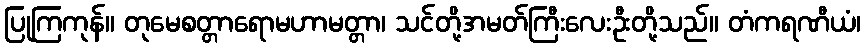
ပြုကြကုန်။ တုမေစတ္တာရောမဟာမတ္တာ၊ သင်တို့အမတ်ကြီးလေးဦးတို့သည်။ တံကရဏီယံ၊